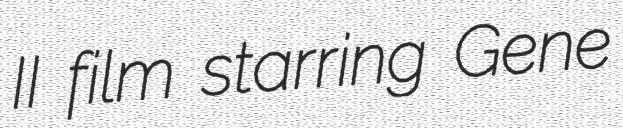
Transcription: II film starring Gene